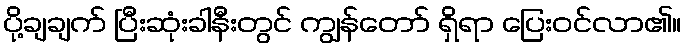
ပို့ချချက် ပြီးဆုံးခါနီးတွင် ကျွန်တော် ရှိရာ ပြေးဝင်လာ၏။